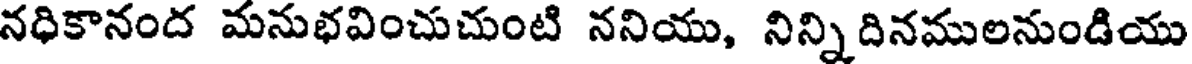
నధికానంద మనుభవించుచుంటి ననియు, నిన్ని దినములనుండియు